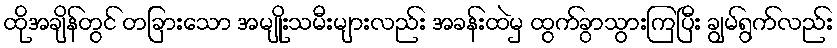
ထိုအချိန်တွင် တခြားသော အမျိုးသမီးများလည်း အခန်းထဲမှ ထွက်ခွာသွားကြပြီး ချွမ်ရွက်လည်း